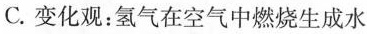
C. 变化观：氢气在空气中燃烧生成水